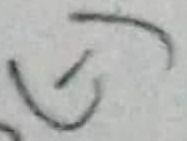
Text: (-)